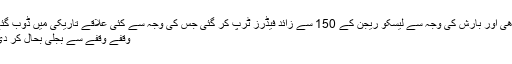
تیز آندھی اور بارش کی وجہ سے لیسکو ریجن کے 150 سے زائد فیڈرز ٹرپ کر گئی جس کی وجہ سے کئی علاقے تاریکی میں ڈوب گئے تاہم
وقفے وقفے سے بجلی بحال کر دی گئی۔